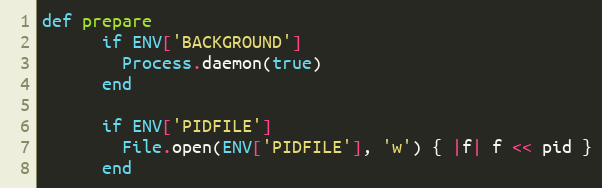
Language: Ruby
def prepare
      if ENV['BACKGROUND']
        Process.daemon(true)
      end

      if ENV['PIDFILE']
        File.open(ENV['PIDFILE'], 'w') { |f| f << pid }
      end